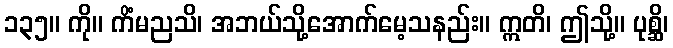
၁၃၅။ ကို။ ကိံမညသိ၊ အဘယ်သို့အောက်မေ့သနည်း။ ဣတိ၊ ဤသို့။ ပုစ္ဆိ၊